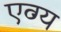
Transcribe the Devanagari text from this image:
एव्ग्य